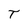
Character: T